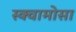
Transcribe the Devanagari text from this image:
स्क्वामोसा